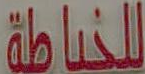
للخياطة